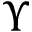
\boldsymbol { \Upsilon }